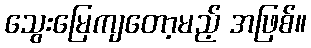
သွေးမြေကျတော့မည့် အဖြစ်။